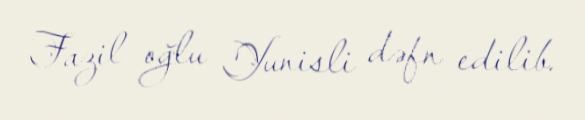
Fazil oğlu Yunisli dəfn edilib.